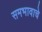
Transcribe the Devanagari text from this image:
समभावाचे